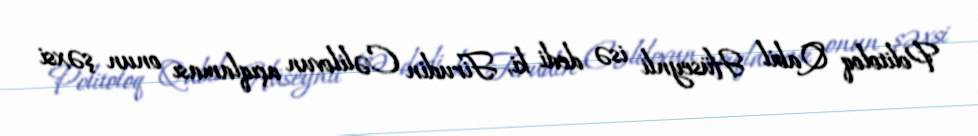
Politoloq Qabil Hüseynli isə dedi ki, Firudin Cəlilovun açıqlaması onun şəxsi